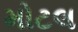
મોટલ